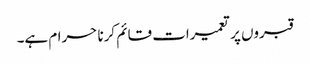
قبروں پر تعمیرات قائم کرنا حرام ہے۔